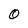
Character: O